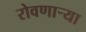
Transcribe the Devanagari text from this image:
रोवणार्‍या